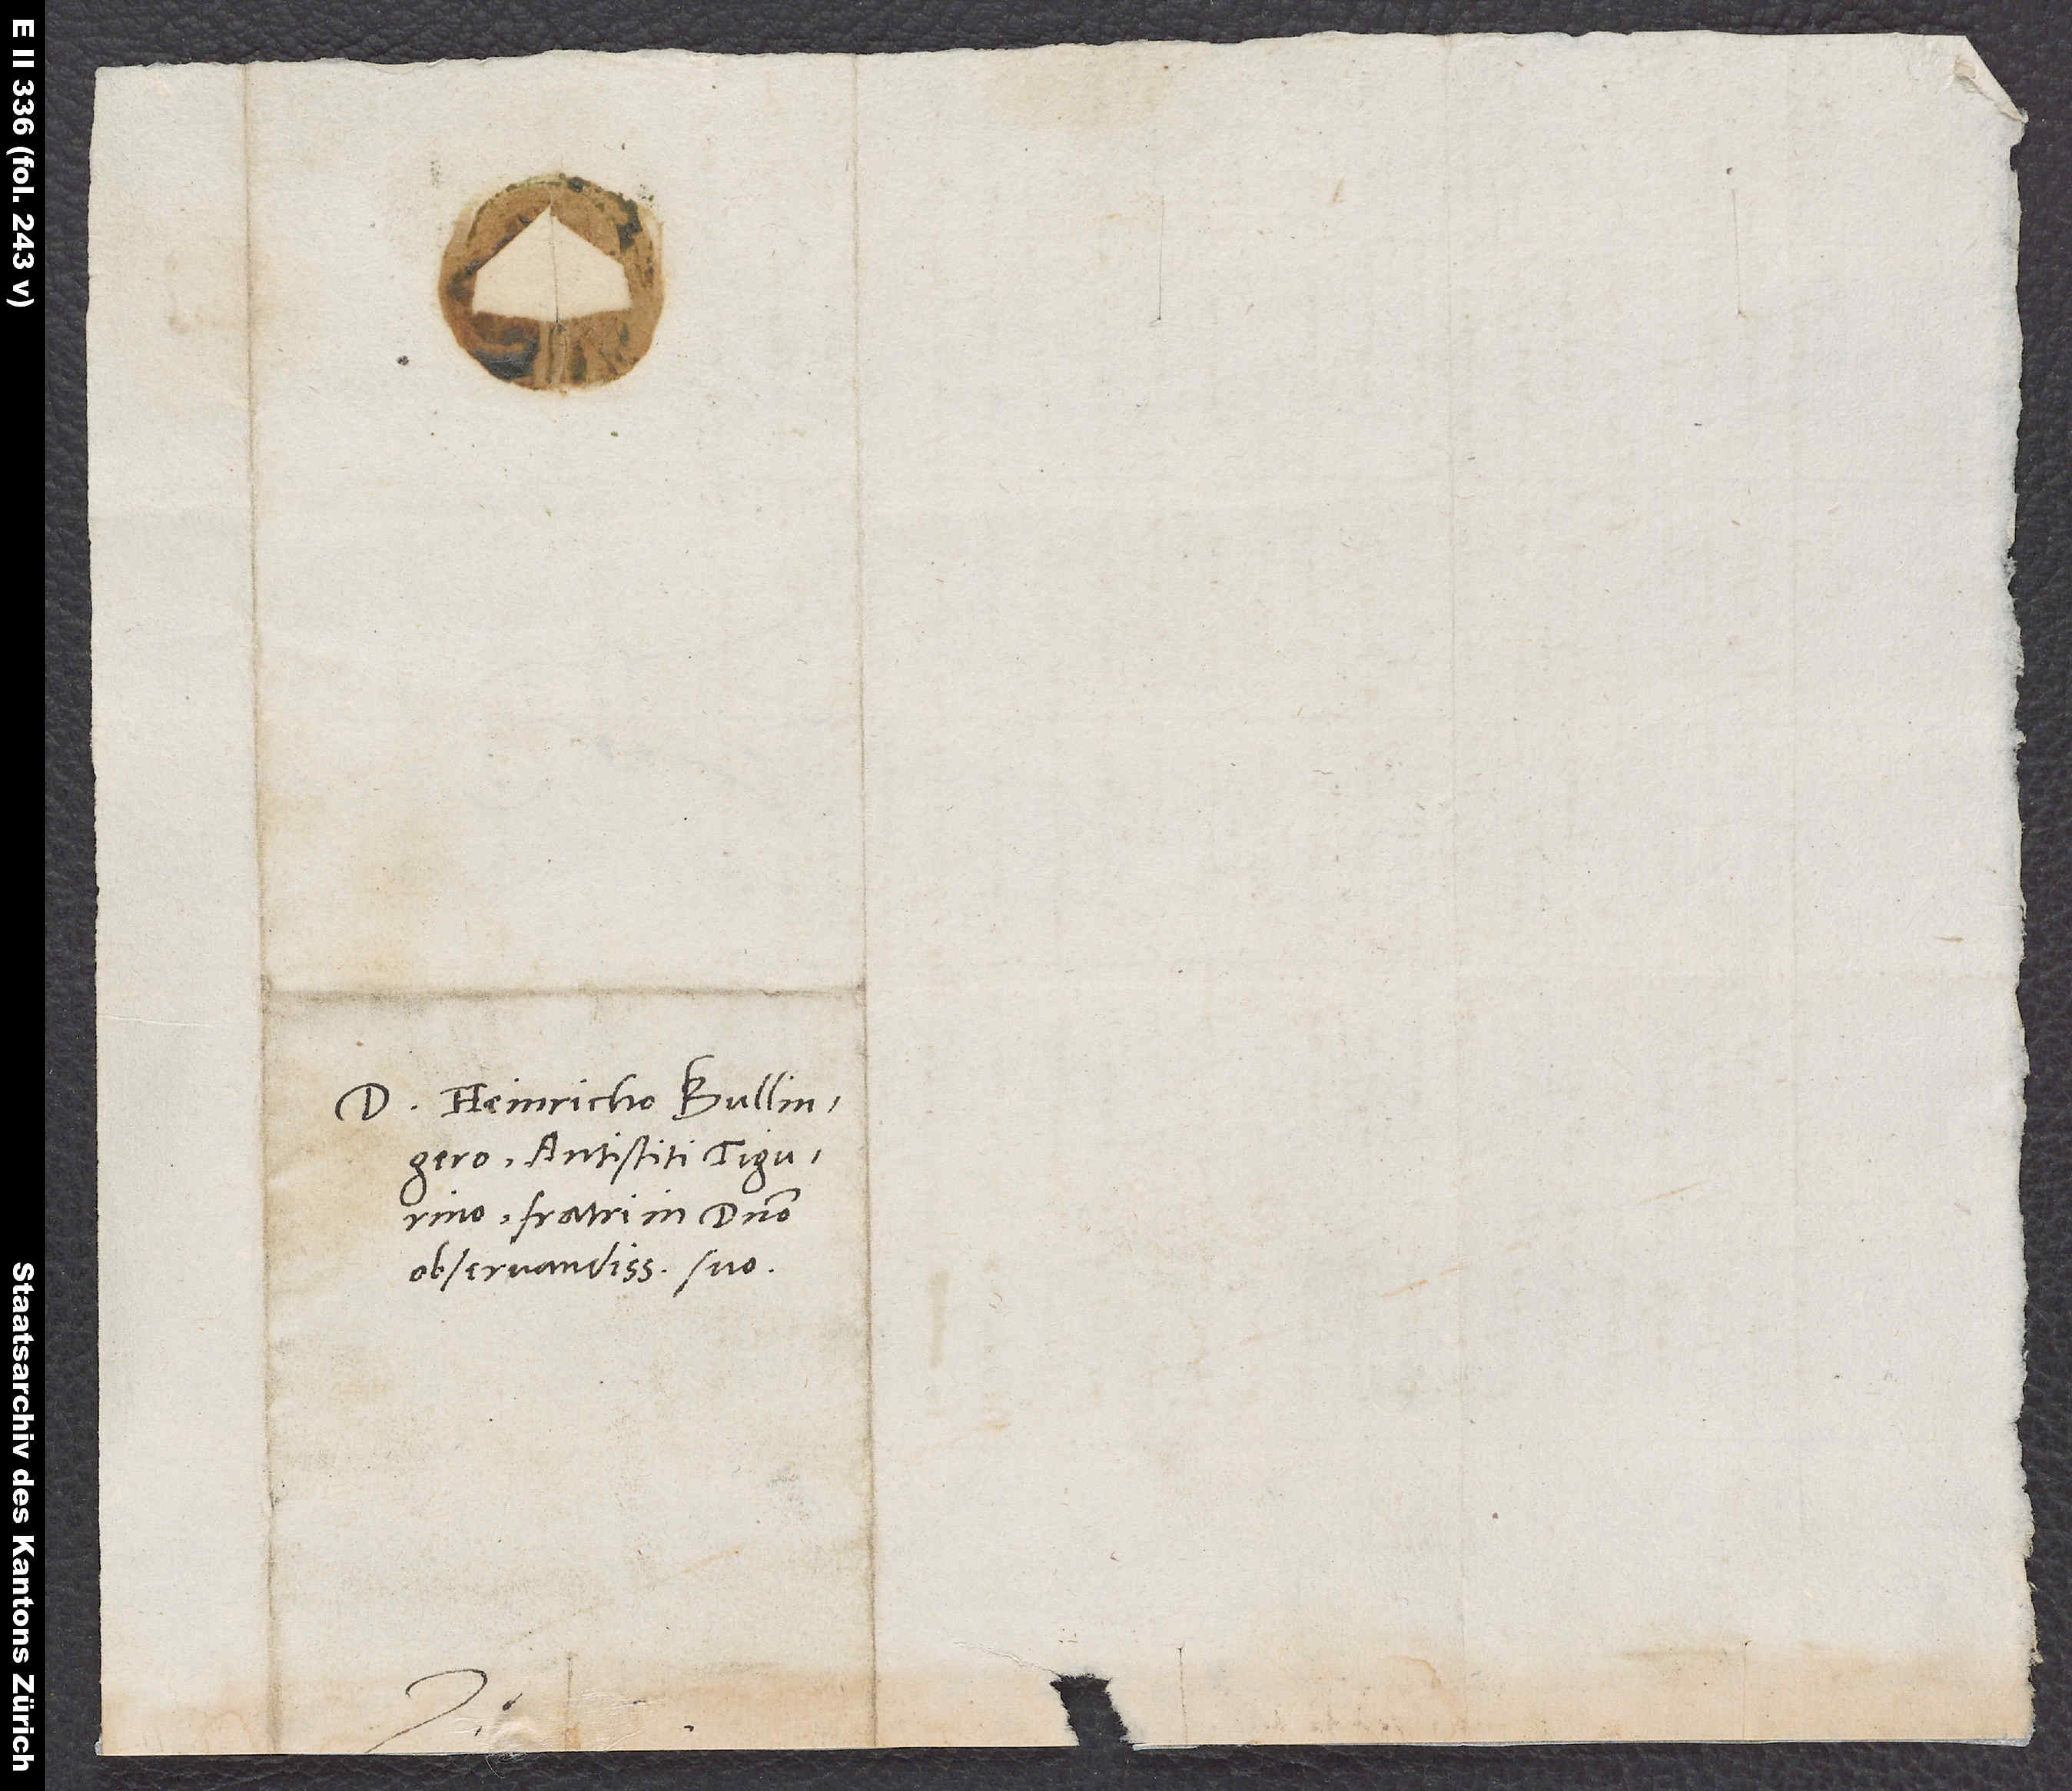
S.

D. Heinricho Bullingero,
antistiti Tigurino,
fratri in domino
observandissimo suo.